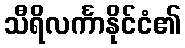
သီရိလင်္ကာနိုင်ငံ၏